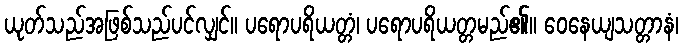
ယုတ်သည်အဖြစ်သည်ပင်လျှင်။ ပရောပရိယတ္တံ၊ ပရောပရိယတ္တမည်၏။ ဝေနေယျသတ္တာနံ၊